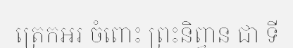
ត្រេកអរ ចំពោះ ព្រះនិព្វាន ជា ទី